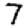
Digit: 7